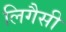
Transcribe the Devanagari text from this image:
लिगैसी